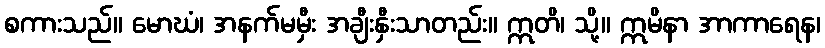
စကားသည်။ မောဃံ၊ အနက်မမှီး အချီးနှီးသာတည်း။ ဣတိ၊ သို့။ ဣမိနာ အာကာရေန၊